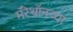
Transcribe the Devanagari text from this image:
मॅरेथॉनच्या